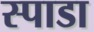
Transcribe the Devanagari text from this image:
स्पाडा